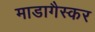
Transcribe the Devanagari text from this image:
माडागैस्कर